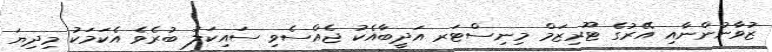
ޒުވާނުންނާއި އޭރުގެ ޓޫރިޒަމް މިނިސްޓަރ އަދީބާއެކު ޖެއްސެވި ސައިކަލު ބުރެވެ އެކަމަކު މިދިޔަ